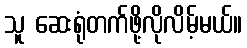
သူ ဆေးရုံတက်ဖို့လိုလိမ့်မယ်။